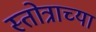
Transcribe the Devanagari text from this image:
स्तोत्राच्या